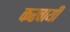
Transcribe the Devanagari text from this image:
करवायीं